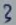
Text: 3